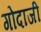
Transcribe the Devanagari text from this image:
गोदाजी